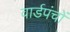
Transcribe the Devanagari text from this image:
वार्डपंचों